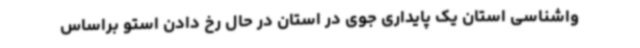
واشناسی استان یک پایداری جوی در استان در حال رخ دادن استو براساس